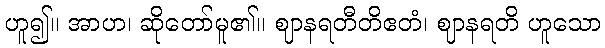
ဟူ၍။ အာဟ၊ ဆိုတော်မူ၏။ ဈာနရတီတိဧတံ၊ ဈာနရတိ ဟူသော